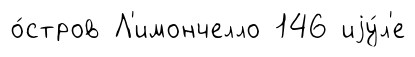
о́стров Л'имончелло 146 иjу́л'е